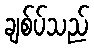
ချစ်ပ်သည်